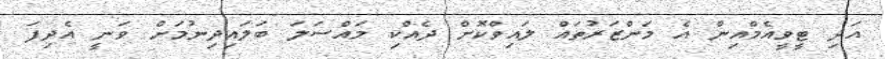
އަދި ޓީވީއެމްއިން އެ މަންޒަރުތައް ލައިވްކޮށް ދެއްކި މައްސަލަ ބަލައިދިނުމަށް ވަނީ އެދިފަ